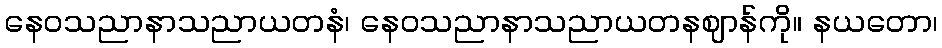
နေဝသညာနာသညာယတနံ၊ နေဝသညာနာသညာယတနဈာန်ကို။ နယတော၊